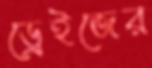
ড্রেইজের